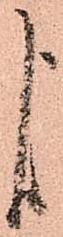
よ